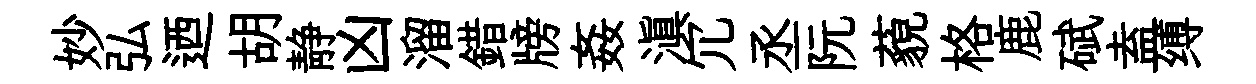
妙弘迺胡静凶溜錯牓姦滇冗丞阮藐格鹿碔盍缚